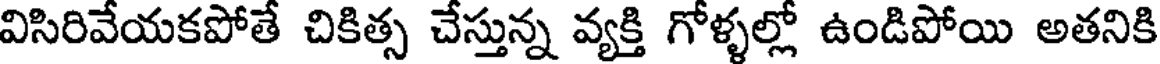
విసిరివేయకపోతే చికిత్స చేస్తున్న వ్యక్తి గోళ్ళల్లో ఉండిపోయి అతనికి